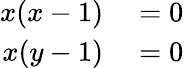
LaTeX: \begin{array}{rl}{x(x-1)}&{{}=0}\\ {x(y-1)}&{{}=0}\end{array}